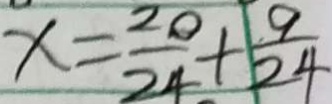
x = \frac { 2 0 } { 2 4 } + \frac { 9 } { 2 4 }